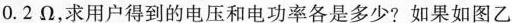
0.2Ω，求用户得到的电压和电功率各是多少?如果如图乙